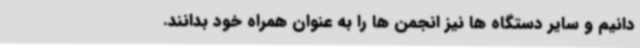
دانیم و سایر دستگاه ها نیز انجمن ها را به عنوان همراه خود بدانند.